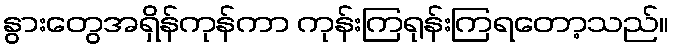
နွားတွေအရှိန်ကုန်ကာ ကုန်းကြရုန်းကြရတော့သည်။